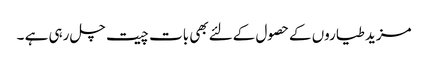
مزید طیاروں کےحصول کےلئےبھی بات چیت چل رہی ہے ۔